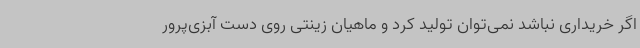
اگر خریداری نباشد نمی‌توان تولید کرد و ماهیان زینتی روی دست آبزی‌پرور